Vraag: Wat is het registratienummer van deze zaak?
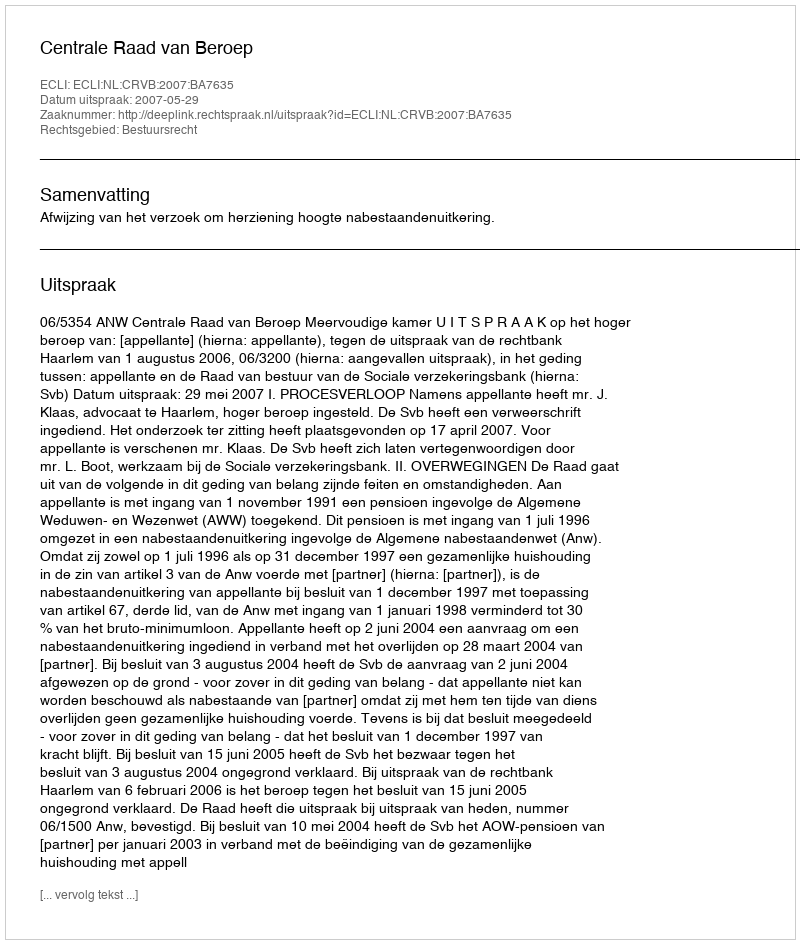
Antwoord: http://deeplink.rechtspraak.nl/uitspraak?id=ECLI:NL:CRVB:2007:BA7635